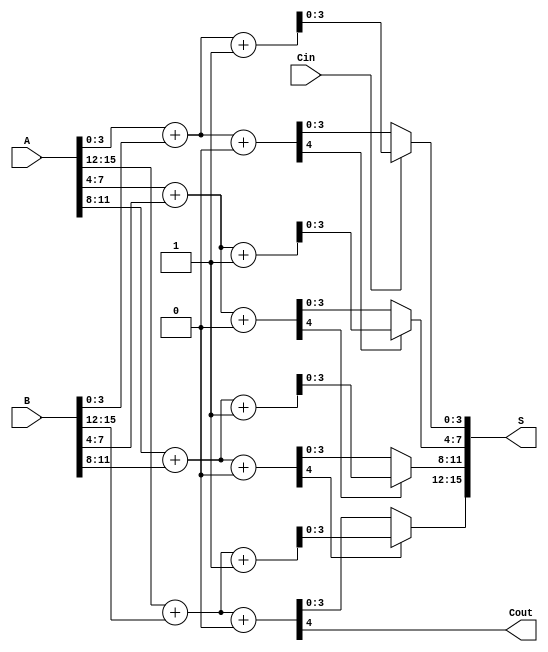
module han_carlson_adder #(parameter N = 16, parameter BLOCK_SIZE = 4) (
    input [N-1:0] A,
    input [N-1:0] B,
    input Cin,
    output [N-1:0] S,
    output Cout
);

    // Number of blocks
    localparam NUM_BLOCKS = N / BLOCK_SIZE;

    // Internal signals
    wire [BLOCK_SIZE-1:0] sum0 [0:NUM_BLOCKS-1];
    wire [BLOCK_SIZE-1:0] sum1 [0:NUM_BLOCKS-1];
    wire [NUM_BLOCKS-1:0] carry_out;
    wire [NUM_BLOCKS-1:0] carry_in;

    // Generate carry_in for each block
    assign carry_in[0] = Cin;
    genvar i;
    generate
        for (i = 0; i < NUM_BLOCKS-1; i = i + 1) begin : carry_gen
            assign carry_in[i+1] = carry_out[i];
        end
    endgenerate

    // Block-wise addition
    generate
        for (i = 0; i < NUM_BLOCKS; i = i + 1) begin : block
            // Full adder for carry-in = 0
            assign {carry_out[i], sum0[i]} = A[i*BLOCK_SIZE +: BLOCK_SIZE] + B[i*BLOCK_SIZE +: BLOCK_SIZE] + 1'b0;
            // Full adder for carry-in = 1
            assign {carry_out[i], sum1[i]} = A[i*BLOCK_SIZE +: BLOCK_SIZE] + B[i*BLOCK_SIZE +: BLOCK_SIZE] + 1'b1;
        end
    endgenerate

    // Select the correct sum based on carry_in
    generate
        for (i = 0; i < NUM_BLOCKS; i = i + 1) begin : select_sum
            assign S[i*BLOCK_SIZE +: BLOCK_SIZE] = (carry_in[i] == 1'b0) ? sum0[i] : sum1[i];
        end
    endgenerate

    // Final carry-out
    assign Cout = carry_out[NUM_BLOCKS-1];

endmodule